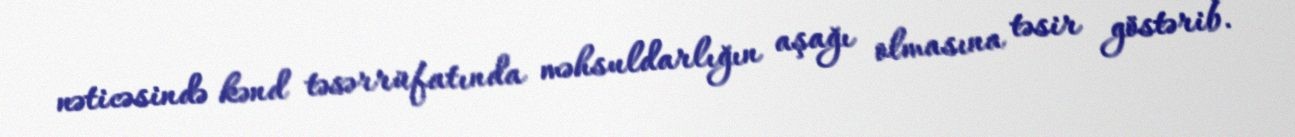
nəticəsində kənd təsərrüfatında məhsuldarlığın aşağı olmasına təsir göstərib.